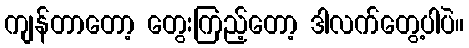
ကျန်တာတော့ တွေးကြည့်တော့ ဒါလက်တွေ့ပါပဲ။